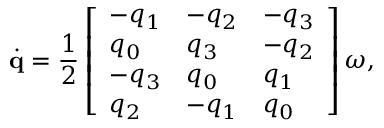
\dot { \mathbf { q } } = \frac { 1 } { 2 } \left[ \begin{array} { l l l } { - q _ { 1 } } & { - q _ { 2 } } & { - q _ { 3 } } \\ { q _ { 0 } } & { q _ { 3 } } & { - q _ { 2 } } \\ { - q _ { 3 } } & { q _ { 0 } } & { q _ { 1 } } \\ { q _ { 2 } } & { - q _ { 1 } } & { q _ { 0 } } \end{array} \right] \boldsymbol \omega ,